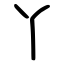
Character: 丫